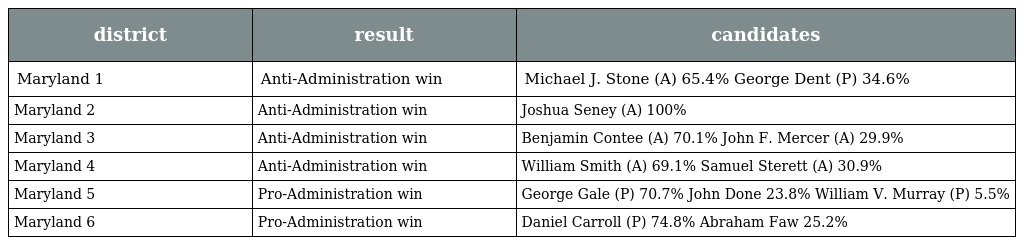
| district | result | candidates |
 | --- | --- | --- |
 | Maryland 1 | Anti-Administration win | Michael J. Stone (A) 65.4% George Dent (P) 34.6% |
 | Maryland 2 | Anti-Administration win | Joshua Seney (A) 100% |
 | Maryland 3 | Anti-Administration win | Benjamin Contee (A) 70.1% John F. Mercer (A) 29.9% |
 | Maryland 4 | Anti-Administration win | William Smith (A) 69.1% Samuel Sterett (A) 30.9% |
 | Maryland 5 | Pro-Administration win | George Gale (P) 70.7% John Done 23.8% William V. Murray (P) 5.5% |
 | Maryland 6 | Pro-Administration win | Daniel Carroll (P) 74.8% Abraham Faw 25.2% |